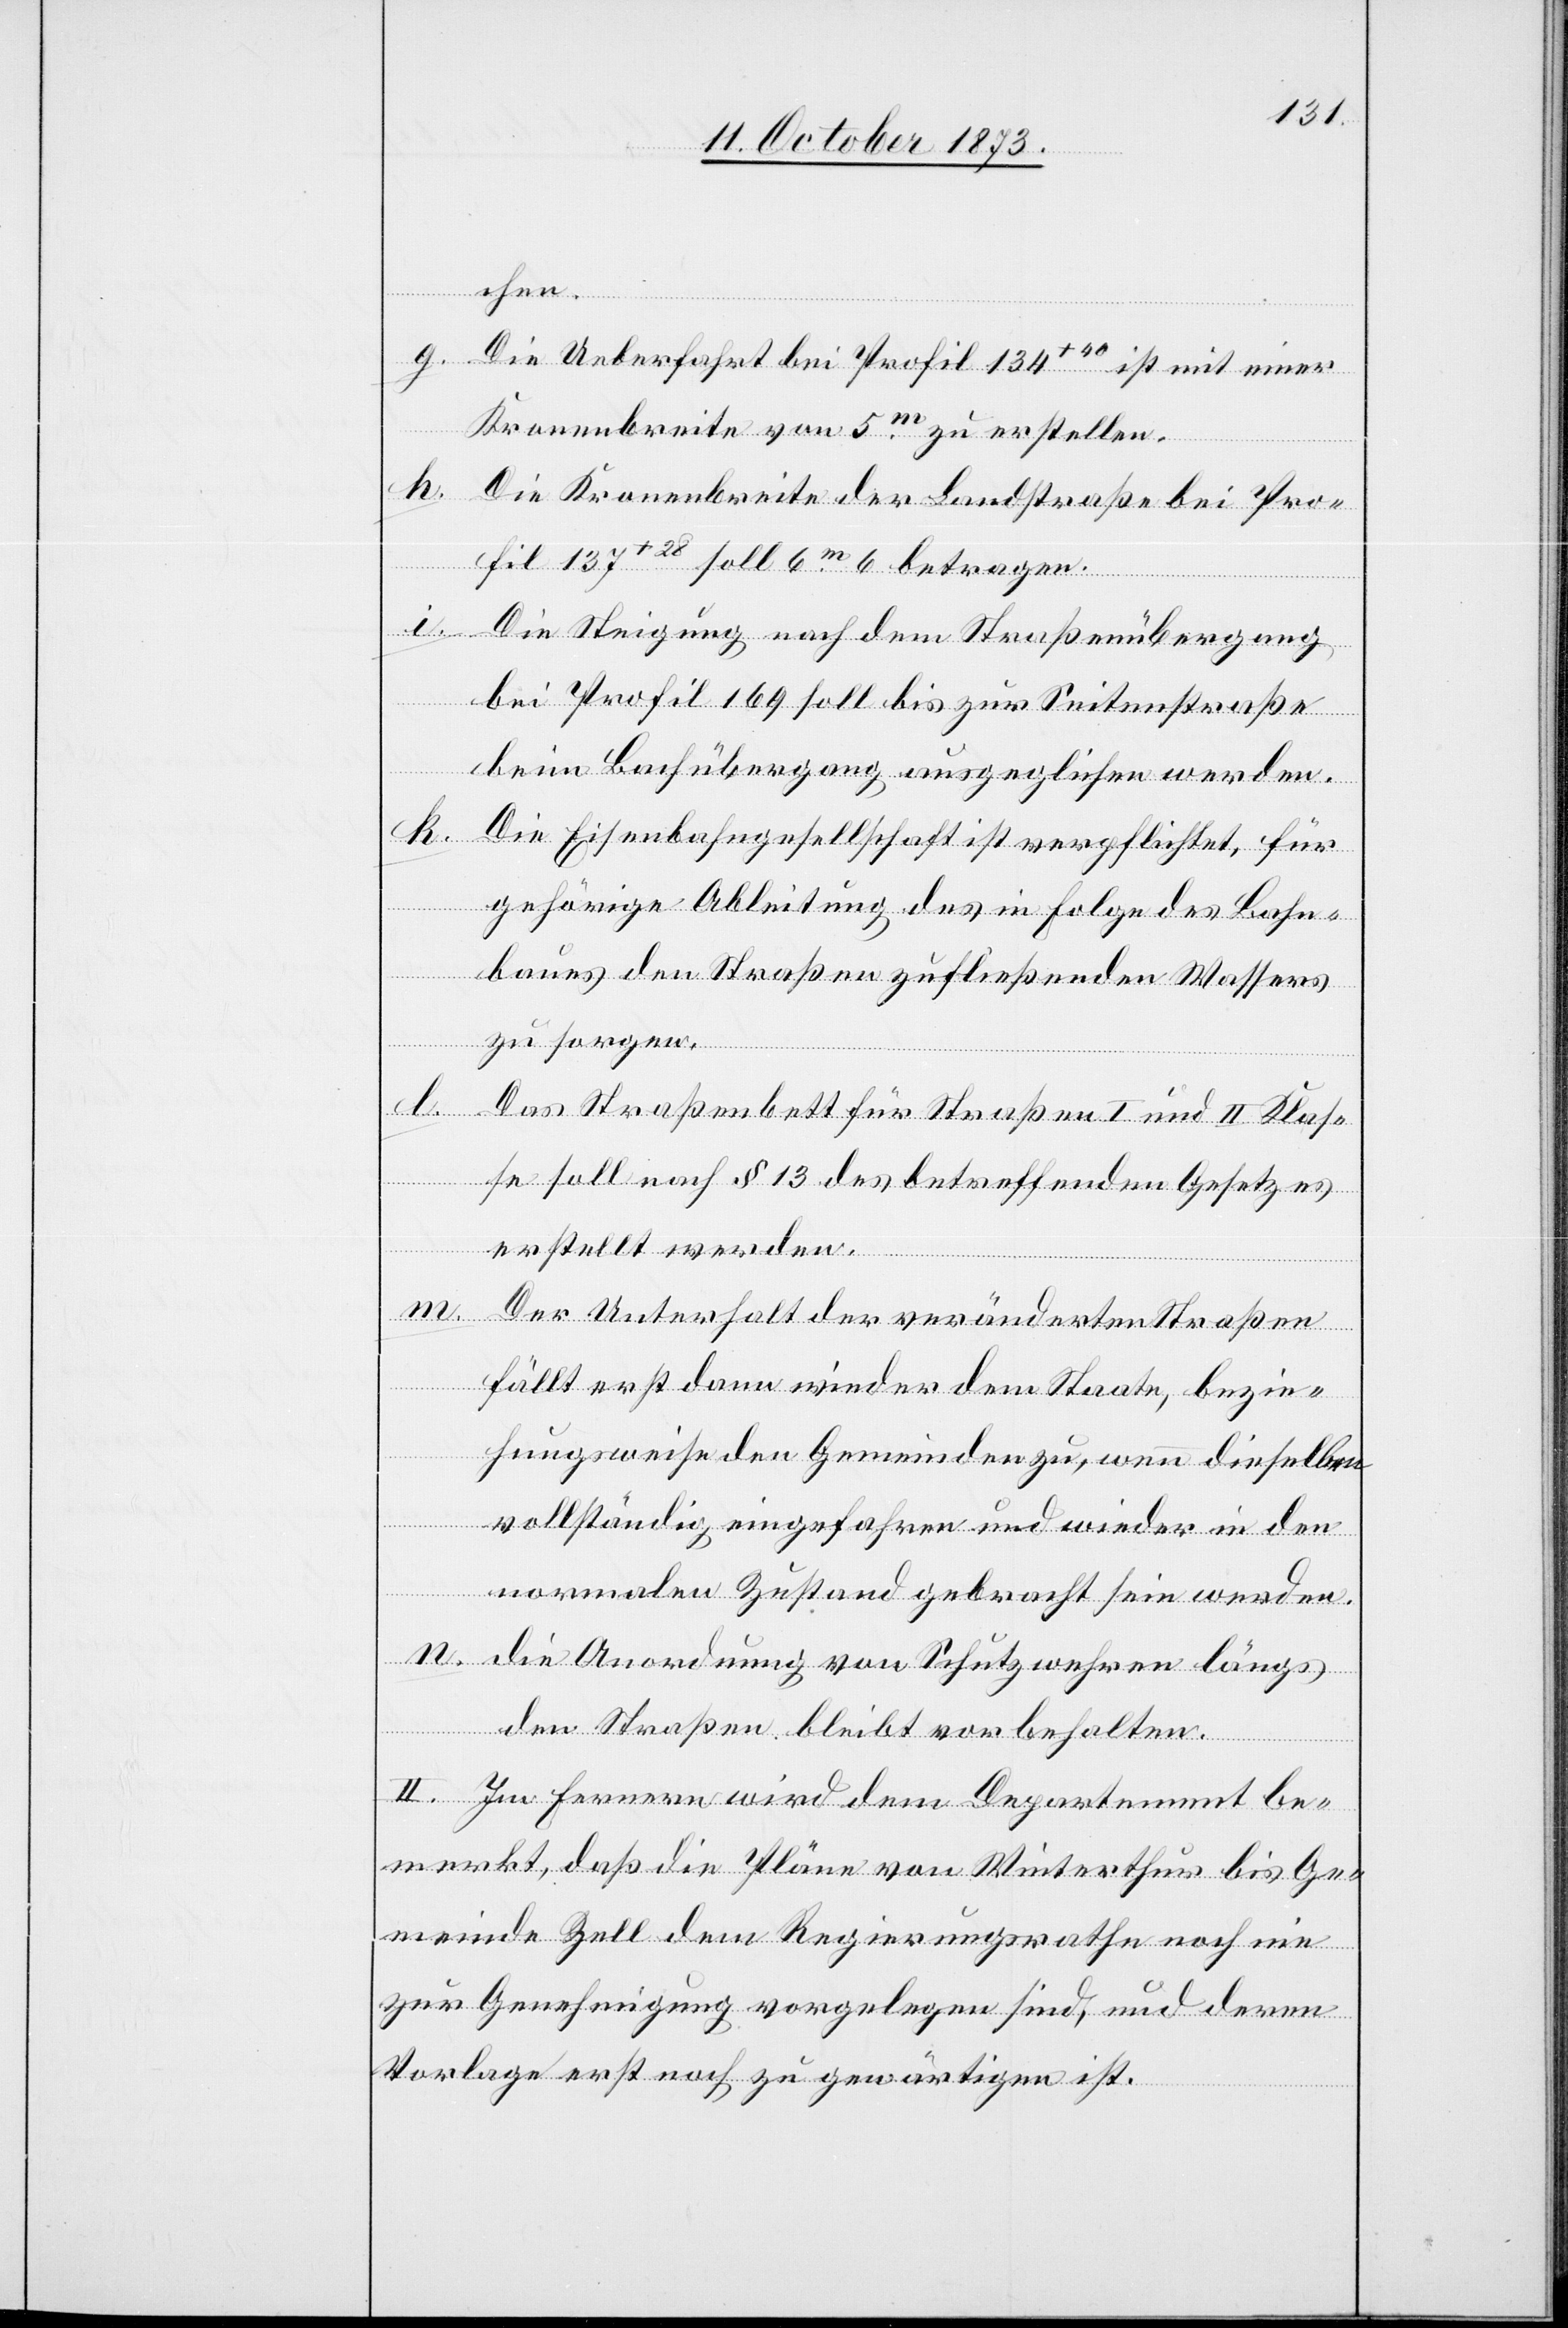
chen.
g.
Die Ueberfahrt bei Profil 134+40 ist mit einer
Kronenbreite von 5m zu erstellen.
h. Die Kronenbreite der Landstraße bei Pro¬
fil 137+28 soll 6m 6 betragen.
i. Die Steigung nach dem Straßenübergang
bei Profil 169 soll bis zur Seitenstraße
beim Bachübergang ausgeglichen werden.
k. Die Eisenbahngesellschaft ist verpflichtet, für
gehörige Ableitung des in Folge des Bahn¬
baues den Straßen zufließenden Wassers
zu sorgen.
l.
Das Straßenbett für Straßen I und II Klas¬
se soll nach § 13 des betreffenden Gesetzes
erstellt werden.
Der Unterhalt der veränderten Straßen
fällt erst dann wieder dem Staate, bezie¬
hungsweise den Gemeinden zu, wenn dieselben
vollständig eingefahren und wieder in den
normalen Zustand gebracht sein werden.
n. die Anordnung von Schutzwehren längs
den Straßen bleibt vorbehalten.
m.
II. Im Fernern wird dem Departement be¬
merkt, daß die Pläne von Winterthur bis Ge¬
meinde Zell dem Regierungsrathe noch nie
zur Genehmigung vorgelegen sind, und deren
Vorlage erst noch zu gewärtigen ist.